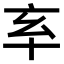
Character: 𠅋